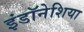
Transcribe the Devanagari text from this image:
इंडॉनेशिया